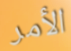
الأمر